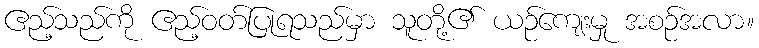
ဧည့်သည်ကို ဧည့်ဝတ်ပြုရသည်မှာ သူတို့၏ ယဉ်ကျေးမှု အစဉ်အလာ။